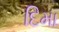
દિમા